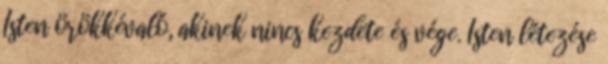
Isten örökkévaló, akinek nincs kezdete és vége. Isten létezése